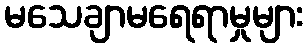
မသေချာမရေရာမှုများ